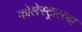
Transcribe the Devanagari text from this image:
कोलेस्ट्रालचा